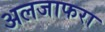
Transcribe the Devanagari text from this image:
अलजाफरा